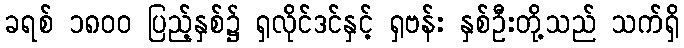
ခရစ် ၁၈၀၀ ပြည့်နှစ်၌ ရှလိုင်ဒင်နှင့် ရှဗန်း နှစ်ဦးတို့သည် သက်ရှိ